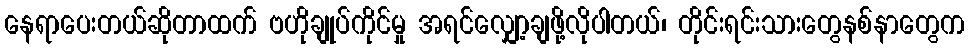
နေရာပေးတယ်ဆိုတာထက် ဗဟိုချုပ်ကိုင်မှု အရင်လျှော့ချဖို့လိုပါတယ်၊ တိုင်းရင်းသားတွေနစ်နာတွေက